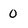
Character: 0